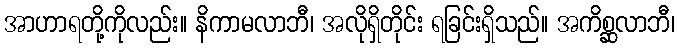
အာဟာရတို့ကိုလည်း။ နိကာမလာဘီ၊ အလိုရှိတိုင်း ရခြင်းရှိသည်။ အကိစ္ဆလာဘီ၊